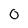
Character: 0